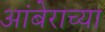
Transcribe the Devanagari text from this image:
आंबेराच्या